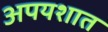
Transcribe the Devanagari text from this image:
अपयशात